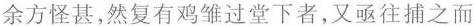
余方怪甚，然复有鸡雏过堂下者，又亟往捕之而